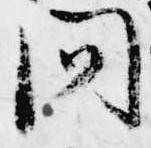
問